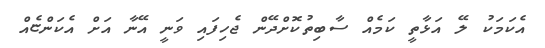
އެކަމަކު ލޭ އަޅާތީ ކަމެއް ސާބިތުކޮށްދޭން ޖެހިފައި ވަނީ އޭނާ އަށް އެކަންޏެއް